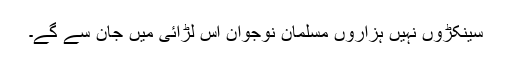
سینکڑوں نہیں ہزاروں مسلمان نوجوان اس لڑائی میں جان سے گے۔